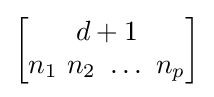
{\begin{bmatrix}d+1\\n_{1}\ n_{2}\ \dots \ n_{p}\end{bmatrix}}